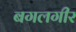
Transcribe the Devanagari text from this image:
बगलगीर